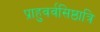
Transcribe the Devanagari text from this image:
प्राहुवर्वसिष्ठात्रि